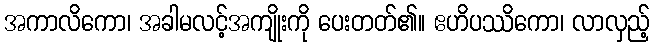
အကာလိကော၊ အခါမလင့်အကျိုးကို ပေးတတ်၏။ ဧဟိပဿိကော၊ လာလှည့်